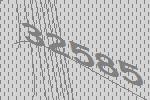
32585